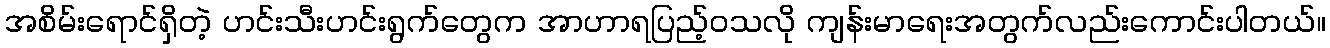
အစိမ်းရောင်ရှိတဲ့ ဟင်းသီးဟင်းရွက်တွေက အာဟာရပြည့်ဝသလို ကျန်းမာရေးအတွက်လည်းကောင်းပါတယ်။